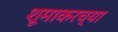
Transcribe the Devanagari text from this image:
शूमाकरच्या